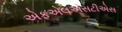
એફએલએસટીએસ